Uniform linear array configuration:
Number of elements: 4
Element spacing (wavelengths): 0.25
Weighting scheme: cosine
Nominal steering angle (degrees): -60
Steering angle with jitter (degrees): -59.531
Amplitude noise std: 0.05
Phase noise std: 0.05

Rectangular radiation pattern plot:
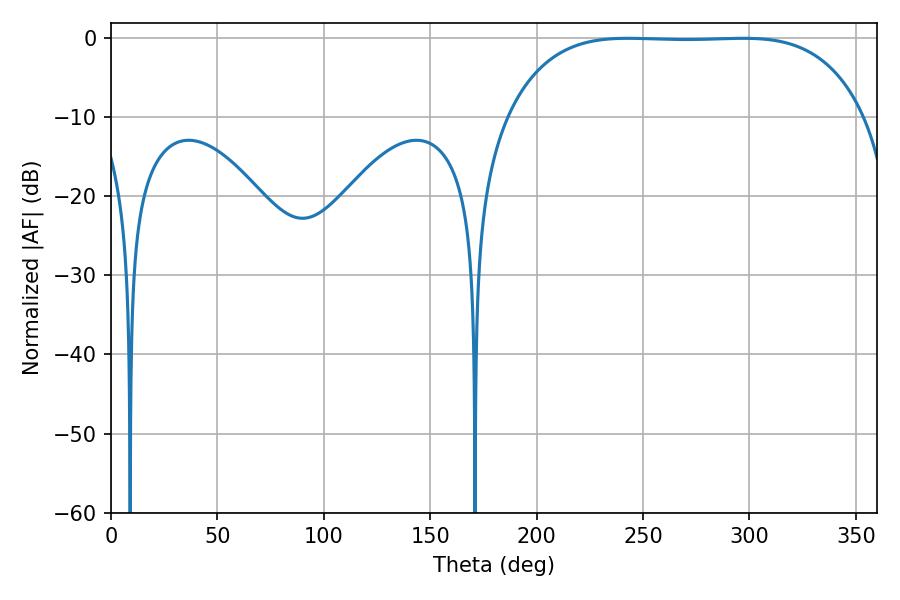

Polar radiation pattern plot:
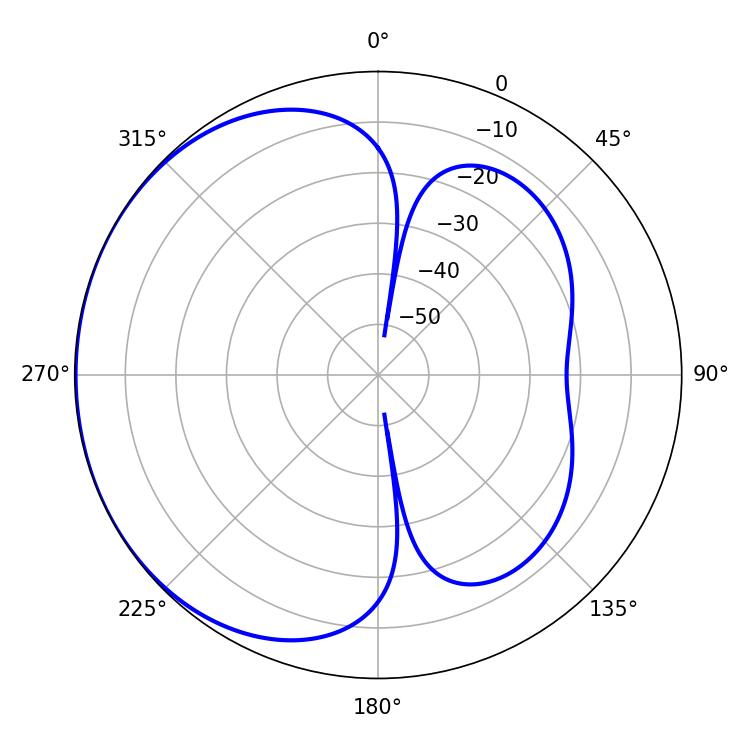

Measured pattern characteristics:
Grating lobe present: FALSE
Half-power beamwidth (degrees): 129.96
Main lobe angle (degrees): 242.82